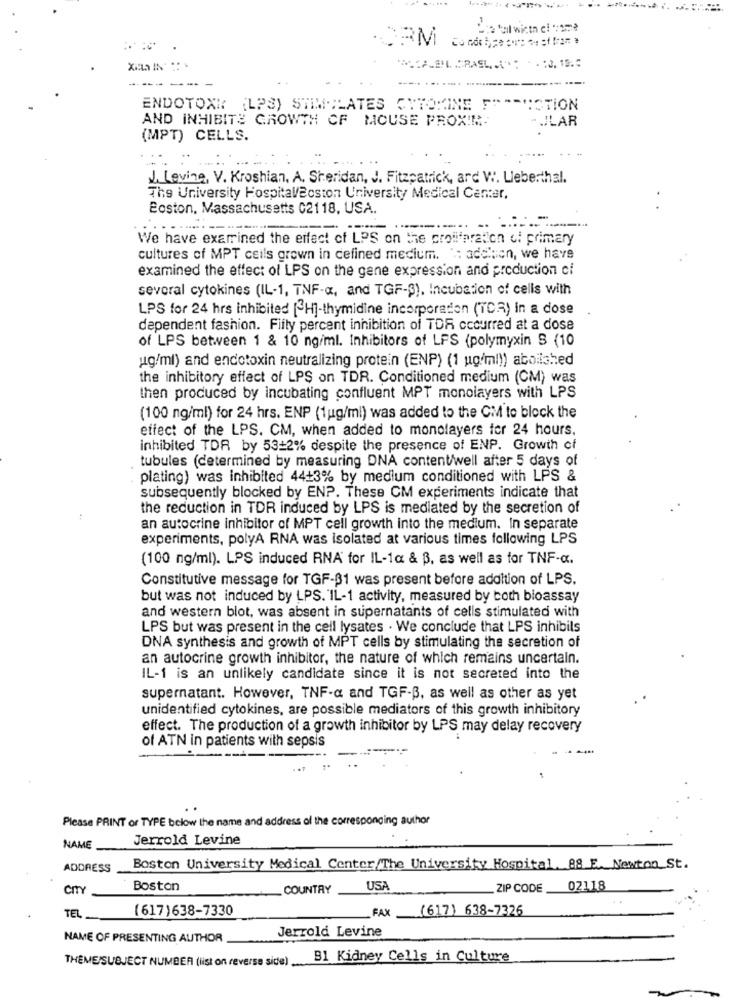
-----
----
....
ENDOTOXI (LPS) STIMULATES CYTOKINE F""-MOTION
AND INHIBITS GROWTH CF MOUSE PROXIM.
-. LAR
(MPT) CELLS.
J. Levine, V. Kroshian, A. Sheridan, J. Fitzpatrick, ard W. Lieberthal.
The University Hospital/Boston University Medical Center,
Boston, Massachusetts 02118, USA.
-
We have examined the effect of LPS on the proliferation of primary
cultures of MPT ceils grown in defined medium. ': addition, we have
examined the effect of LPS on the gene expression and production of
several cytokines (IL-1, TNF-a, and TGF-3), Incubation of cells with
LPS for 24 hrs inhibited [ H]-thymidine incorporation (TCR) in a dose
dependent fashion. Fifty percent inhibition of TOR occurred at a dose
of LPS between 1 & 10 ng/ml. Inhibitors of LPS (polymyxin S (10
ug/ml) and endotoxin neutralizing protein (ENP) (1 ugim!)) abolished
the inhibitory effect of LPS on TDR. Conditioned medium (CM) was
then produced by incubating confluent MPT monolayers with LPS
(100 ng/ml) for 24 hrs. ENP (1ug/ml) was added to the CM to block the
effect of the LPS. CM, when added to monolayers for 24 hours.
inhibited TDR by 53-2% despite the presence of ENP. Growth of
tubules (determined by measuring DNA content/well after 5 days of
plating) was inhibited 44+3% by medium conditioned with LPS &
subsequently blocked by ENP. These CM experiments indicate that
the reduction in TDR induced by LPS is mediated by the secretion of
an autocrine inhibitor of MPT cell growth into the medium. In separate
experiments, polyA RNA was isolated at various times following LPS
(100 ng/ml). LPS induced RNA for IL-1a & B, as well as for TNF-a.
Constitutive message for TGF-31 was present before addition of LPS.
but was not induced by LPS. IL-1 activity, measured by both bioassay
and western blot, was absent in supernatants of cells stimulated with
LPS but was present in the cell lysates . We conclude that LPS inhibils
DNA synthesis and growth of MPT cells by stimulating the secretion of
an autocrine growth inhibitor, the nature of which remains uncertain.
IL-1 is an unlikely candidate since it is not secreted into the
supernatant. However, TNF-a and TGF-B, as well as other as yet
unidentified cytokines, are possible mediators of this growth inhibitory
effect. The production of a growth inhibitor by LPS may delay recovery
of ATN in patients with sepsis
Please PRINT or TYPE below the name and address of the corresponding author
Jerrold Levine
NAME
ADDRESS
Boston University Medical Center/The University Hospital, 88 E. Newton St.
CITY
Boston
COUNTRY
USA
ZIP CODE
02118
TEL
(617)638-7330
FAX (617) 638-7326
Jerrold Levine
NAME OF PRESENTING AUTHOR
THEME/SUBJECT NUMBER (list on reverse side)
B1 Kidney Cells in Culture